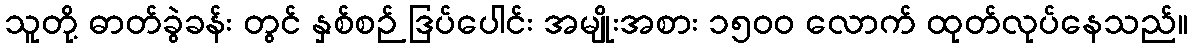
သူတို့ ဓာတ်ခွဲခန်း တွင် နှစ်စဉ် ဒြပ်ပေါင်း အမျိုးအစား ၁၅၀၀ လောက် ထုတ်လုပ်နေသည်။